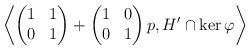
LaTeX: \begin{align*}\left \langle \begin{pmatrix} 1 & 1 \\ 0 & 1 \end{pmatrix} + \begin{pmatrix} 1 & 0 \\ 0 & 1 \end{pmatrix} p, H' \cap \ker \varphi \right \rangle\end{align*}